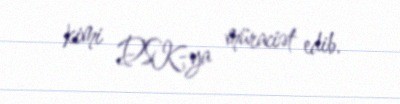
kimi DSK-ya müraciət edib.